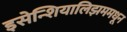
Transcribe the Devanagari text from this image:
इसेन्शियालिझममधून